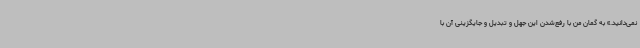
نمی‌دانید.» به گمان من با رفع‌شدن این جهل و تبدیل و جایگزینی آن با